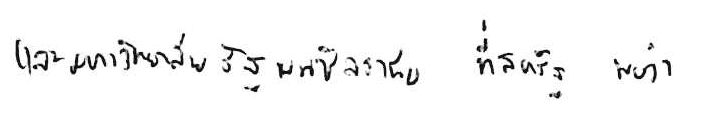
และมหาวิทยาลัยรัฐเพนซิลวาเนีย ที่สหรัฐ พบว่า